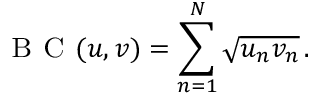
\textsc { B C } ( u , v ) = \sum _ { n = 1 } ^ { N } \sqrt { u _ { n } v _ { n } } \, .